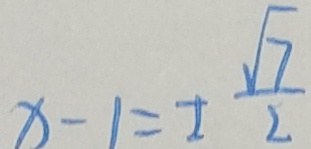
x - 1 = \pm \frac { \sqrt { 7 } } { 2 }